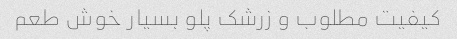
کیفیت مطلوب و زرشک پلو بسیار خوش طعم